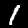
Digit: 1